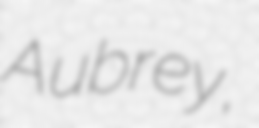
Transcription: Aubrey,